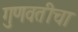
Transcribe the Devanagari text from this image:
गुणवतीचा